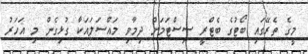
މީގެ ތެރޭގައި ބޯޓުގެ ބެޓްރީ ސިސްޓަމަށް ދިމާވި މައްސަލައަކާ ގުޅިގެން މި އަހަރު